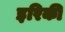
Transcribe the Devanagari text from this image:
इरिकी